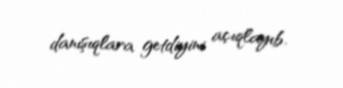
danışıqlara getdiyini açıqlayıb.